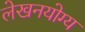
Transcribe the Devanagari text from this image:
लेखनयोग्य